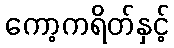
ကော့ကရိတ်နှင့်